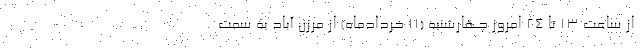
از ساعت ۱۳ تا ۲۴ امروز چهارشنبه (۱۱ خردادماه) از مرزن آباد به سمت